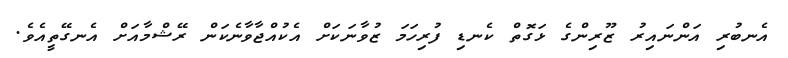
އެނބުރި އަންނައިރު ޒޫރިންގެ ޅަގޮތް ކެނޑި ފުރިހަމަ ޒުވާނަކަށް އެކުއްޖާވާނެކަން ރޭޝްމާއަށް އެނގޭތީއެވެ.